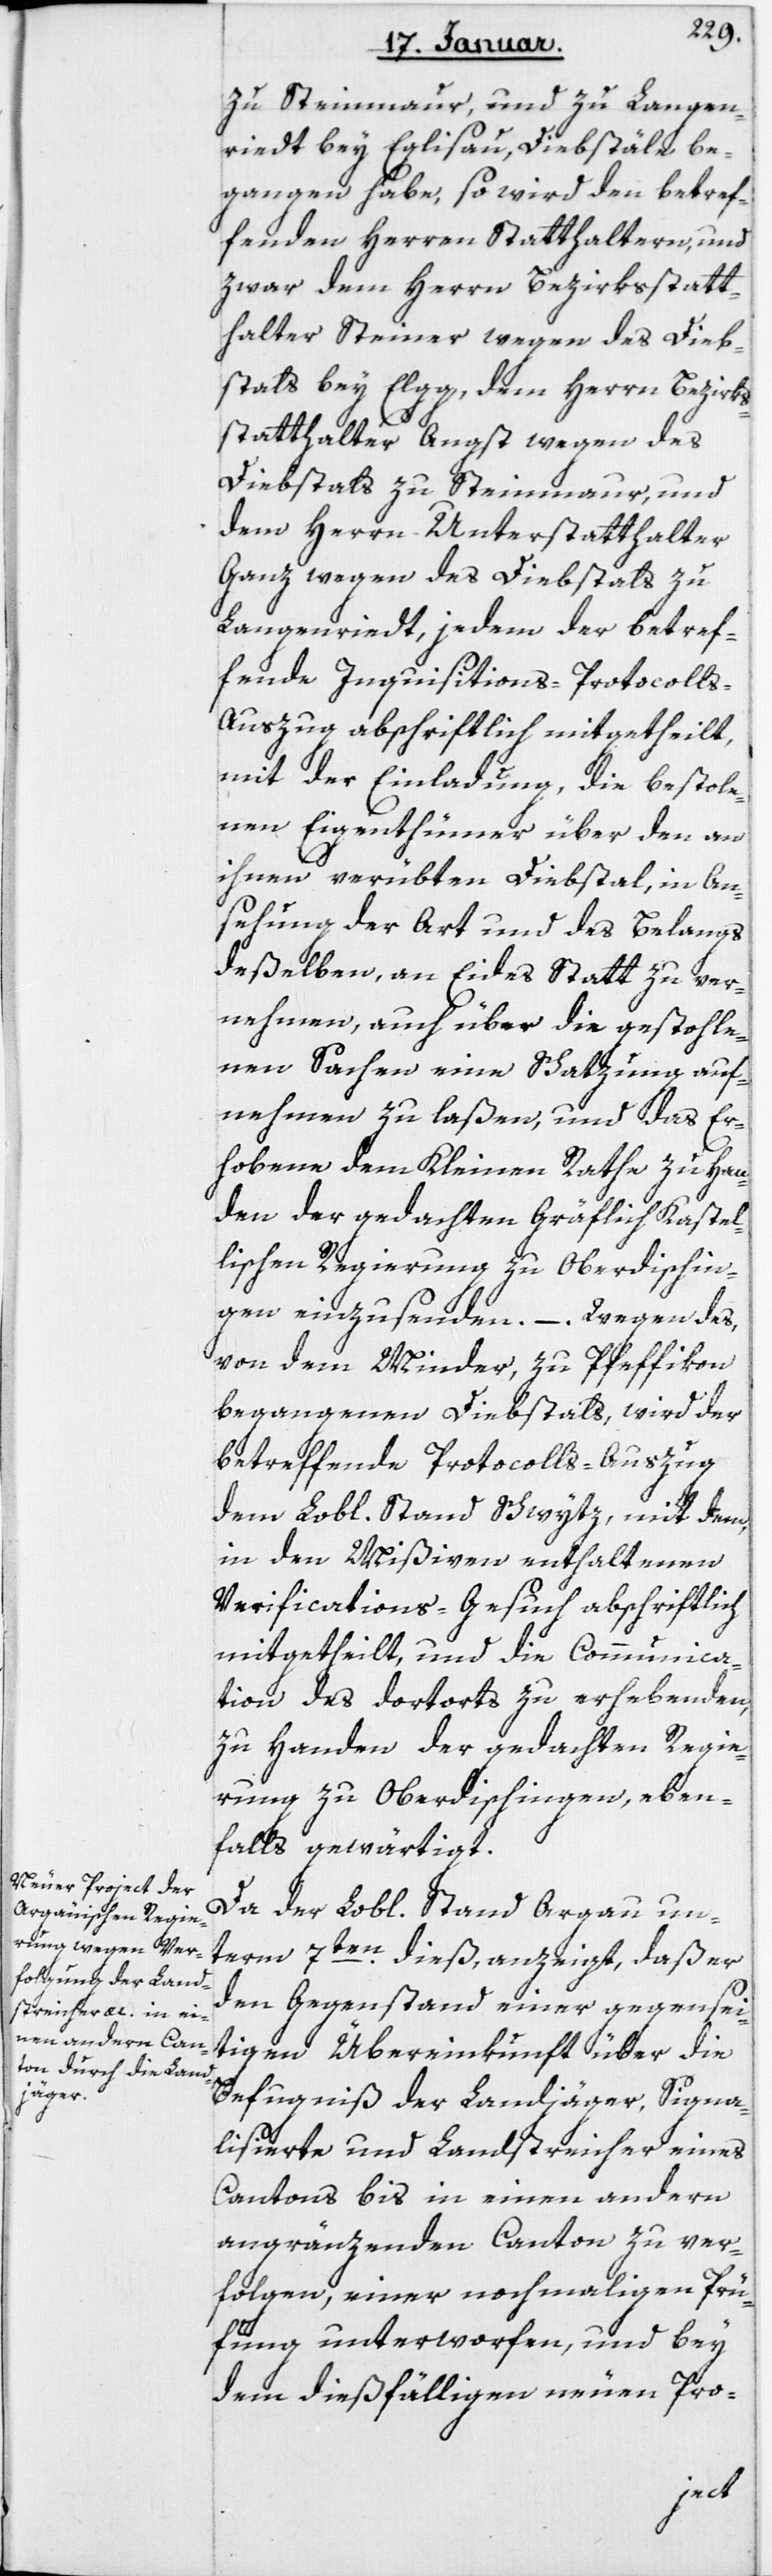
zu Steinmaur und zu Langen¬
riedt bey Eglisau, Diebstäle be¬
gangen habe, so wird den betref¬
fenden Herren Statthaltern und
zwar dem Herrn Bezirksstatt¬
halter Steiner wegen des Dieb¬
stahls bey Elgg, dem Herrn Bezirks¬
statthalter Angst wegen des
Diebstals zu Steinmaur und
dem Herrn Unterstatthalter
Ganz wegen des Diebstals zu
Langenriedt, jedem der betref¬
fende Inquisitions-Protocoll¬
s-Auszug abschriftlich mitgetheilt,
mit der Einladung, die bestole¬
nen Eigenthümer über den an
ihnen verübten Diebstal, in An¬
sehung der Art und des Belangs
deßelben, an Eides Statt zu ver¬
nehmen, auch über die gestohle¬
nen Sachen eine Schatzung auf¬
nehmen zu laßen, und das Er¬
hobene dem Kleinen Rathe zu Han¬
den der gedachten Gräflich Kastel¬
lischen Regierung zu Oberdischin¬
gen einzusenden. – Wegen des
von dem minder zu Pfeffikon
begangenen Diebstals, wird der
betreffende Protocolls-Auszug
dem Lobl. Stand Schwytz, mit dem
in den Mißiven enthaltenen
Verifications-Gesuch abschriftlich
mitgetheilt, und die Communica¬
tion des dortorts zu erhebenden,
zu Handen der gedachten Regie¬
rung zu Oberdischingen, eben¬
falls gewärtigt.
Da der Lobl. Stand Argau un¬
term 7ten dieß anzeigt, daß er
den Gegenstand einer gegensei¬
tigen Übereinkunft über die
Befugniß der Landjäger, Signa¬
lisierte und Landstreicher eines
Cantons bis in einen andern
angränzenden Canton zu ver¬
folgen, einer nochmaligen Prü¬
fung unterworfen, und bey
dem dießfälligen neuen Pro-